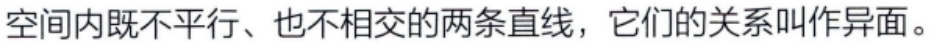
空间内既不平行、也不相交的两条直线，它们的关系叫作异面。